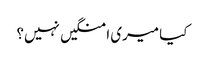
کیا میری امنگیں نہیں؟